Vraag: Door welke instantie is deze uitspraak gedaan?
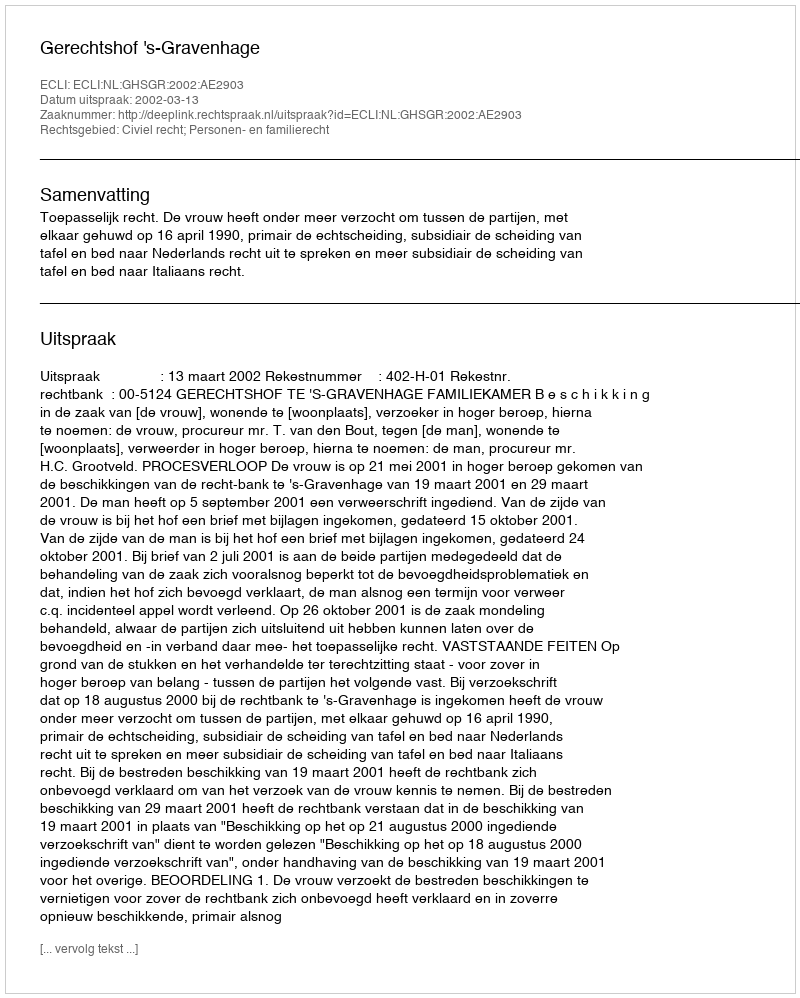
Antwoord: Gerechtshof 's-Gravenhage